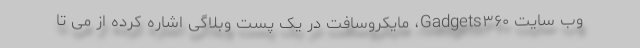
وب سایت Gadgets۳۶۰، مایکروسافت در یک پست وبلاگی اشاره کرده از می تا